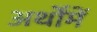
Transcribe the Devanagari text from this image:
अर्थोंमें